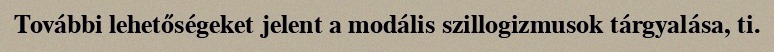
További lehetőségeket jelent a modális szillogizmusok tárgyalása, ti.